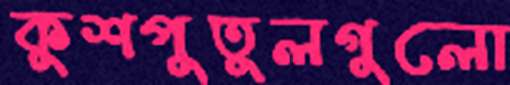
কুশপুতুলগুলো